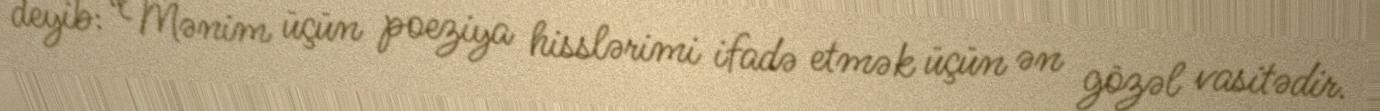
deyib: “Mənim üçün poeziya hisslərimi ifadə etmək üçün ən gözəl vasitədir.